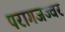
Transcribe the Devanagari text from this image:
परागजज्वर